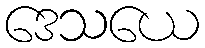
ဒေသယေ